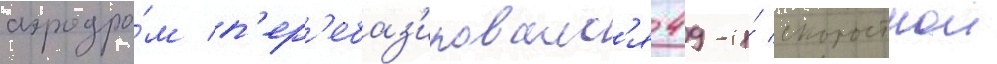
аэродро́м п'ер'ебаз'ировалс'я 49-и́ скоростнои